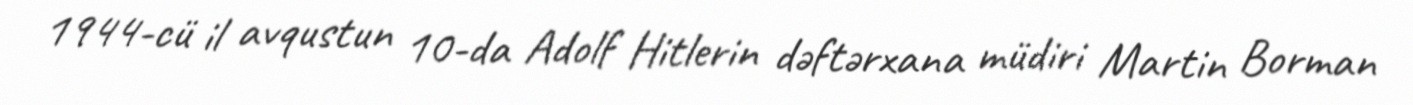
1944-cü il avqustun 10-da Adolf Hitlerin dəftərxana müdiri Martin Borman